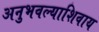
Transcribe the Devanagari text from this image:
अनुभवल्याशिवाय